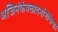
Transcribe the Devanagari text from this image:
अजिनंकंबलादर्भागोकेशाः